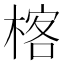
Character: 楁